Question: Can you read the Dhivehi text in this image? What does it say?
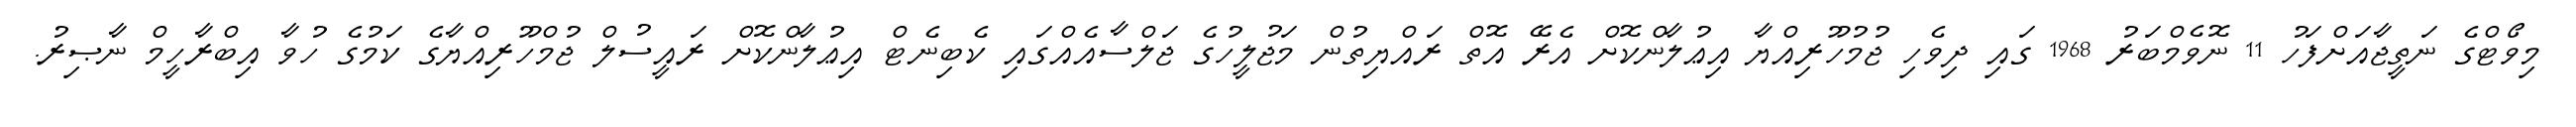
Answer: މިވޯޓްގެ ނަތީޖާއަށްފަހު 11 ނޮވެމްބަރު 1968 ގައި ދިވެހި ޖުމުހޫރިއްޔާ އިޢުލާންކޮށް އެރޭ އޮތް ރައްޔިތުން މަޖުލީހުގެ ޖަލްސާއެއްގައި ކެބިނެޓް އިޢުލާންކޮށް ރައީސުލް ޖުމްހޫރިއްޔާގެ ކަމުގެ ހުވާ އިބްރާހީމް ނާޞިރު.